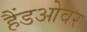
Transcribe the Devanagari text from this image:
हैंडओवर